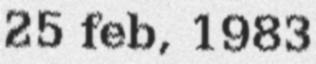
25 feb, 1983